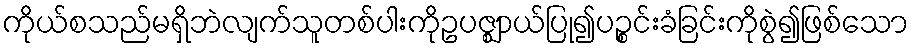
ကိုယ်စသည်မရှိဘဲလျက်သူတစ်ပါးကိုဥပဇ္ဈာယ်ပြု၍ပဉ္စင်းခံခြင်းကိုစွဲ၍ဖြစ်သော